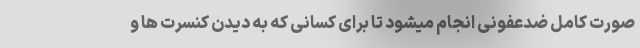
صورت کامل ضدعفونی انجام میشود تا برای کسانی که به دیدن کنسرت ها و